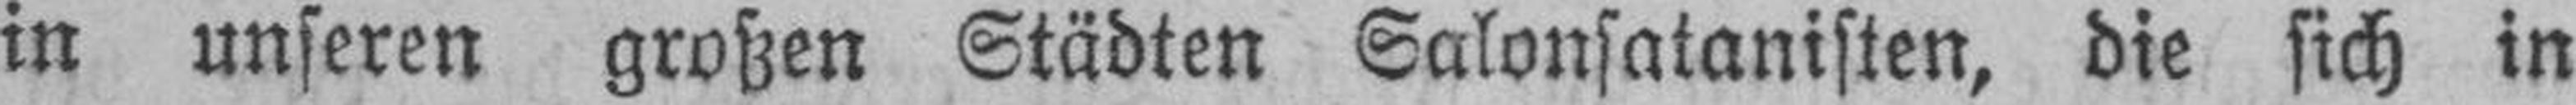
in unseren großen Städten Salonsatanisten, die sich in